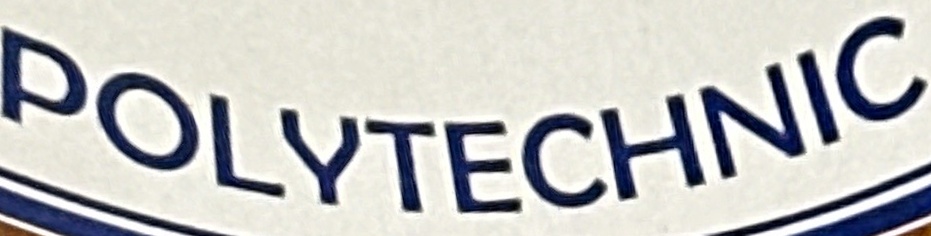
POLYTECHNIC